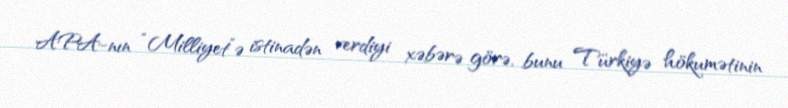
APA-nın “Milliyet”ə istinadən verdiyi xəbərə görə, bunu Türkiyə hökumətinin